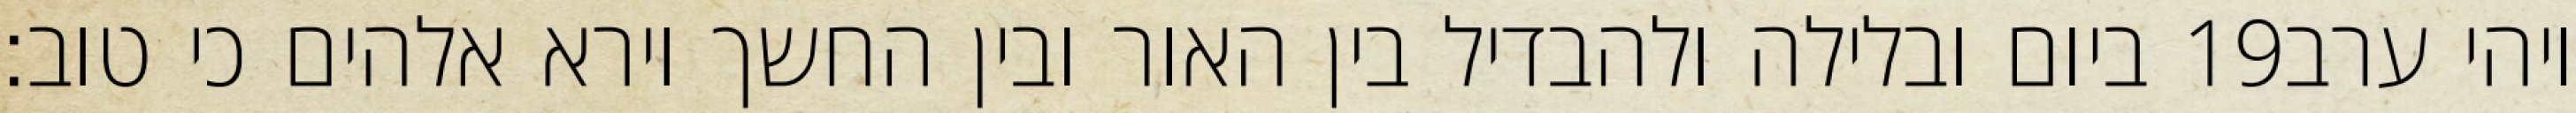
ביום ובלילה ולהבדיל בין האור ובין החשך וירא אלהים כי טוב׃ ‎19‏ ויהי ערב